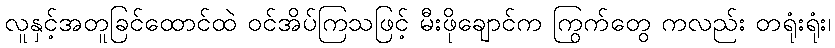
လူနှင့်အတူခြင်ထောင်ထဲ ဝင်အိပ်ကြသဖြင့် မီးဖိုချောင်က ကြွက်တွေ ကလည်း တရုံးရုံး၊